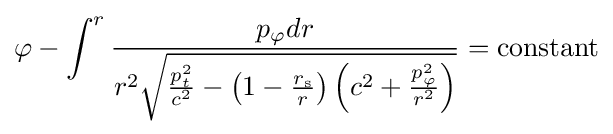
\varphi -\int ^{r}{\frac {p_{\varphi }dr}{r^{2}{\sqrt {{\frac {p_{t}^{2}}{c^{2}}}-\left(1-{\frac {r_{\text{s}}}{r}}\right)\left(c^{2}+{\frac {p_{\varphi }^{2}}{r^{2}}}\right)}}}}=\mathrm {constant}